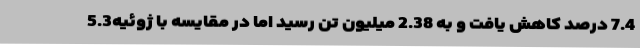
7.4 درصد کاهش یافت و به 2.38 میلیون تن رسید اما در مقایسه با ژوئیه5.3